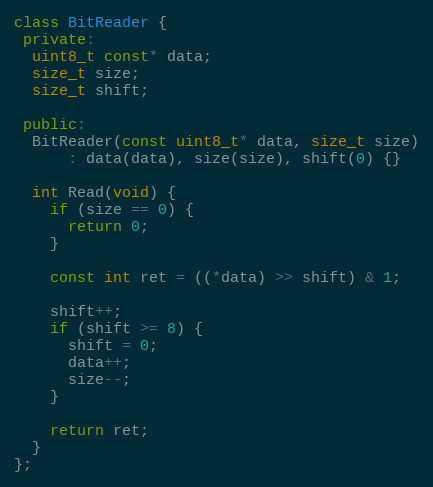
Language: C++
class BitReader {
 private:
  uint8_t const* data;
  size_t size;
  size_t shift;

 public:
  BitReader(const uint8_t* data, size_t size)
      : data(data), size(size), shift(0) {}

  int Read(void) {
    if (size == 0) {
      return 0;
    }

    const int ret = ((*data) >> shift) & 1;

    shift++;
    if (shift >= 8) {
      shift = 0;
      data++;
      size--;
    }

    return ret;
  }
};